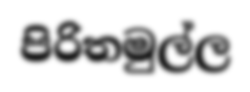
පිරිතමුල්ල